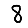
Digit: 8